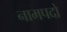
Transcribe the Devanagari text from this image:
नामपदो